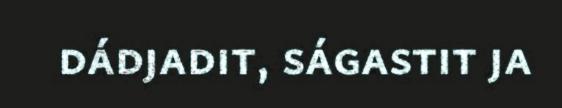
dádjadit, ságastit ja